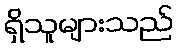
ရှိသူများသည်